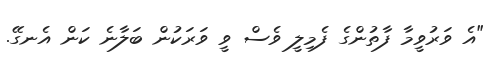
"އެ ވަރުވީމާ ފާތުންގެ ފެމިލީ ވެސް ވީ ވަރަކުން ބަލާނެ ކަން އެނގޭ.